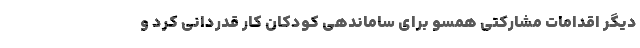
دیگر اقدامات مشارکتی همسو برای ساماندهی کودکان کار قدردانی کرد و